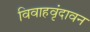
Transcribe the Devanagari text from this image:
विवाहवृंदावन